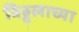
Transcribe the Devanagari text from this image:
विठ्ठ्लाच्या